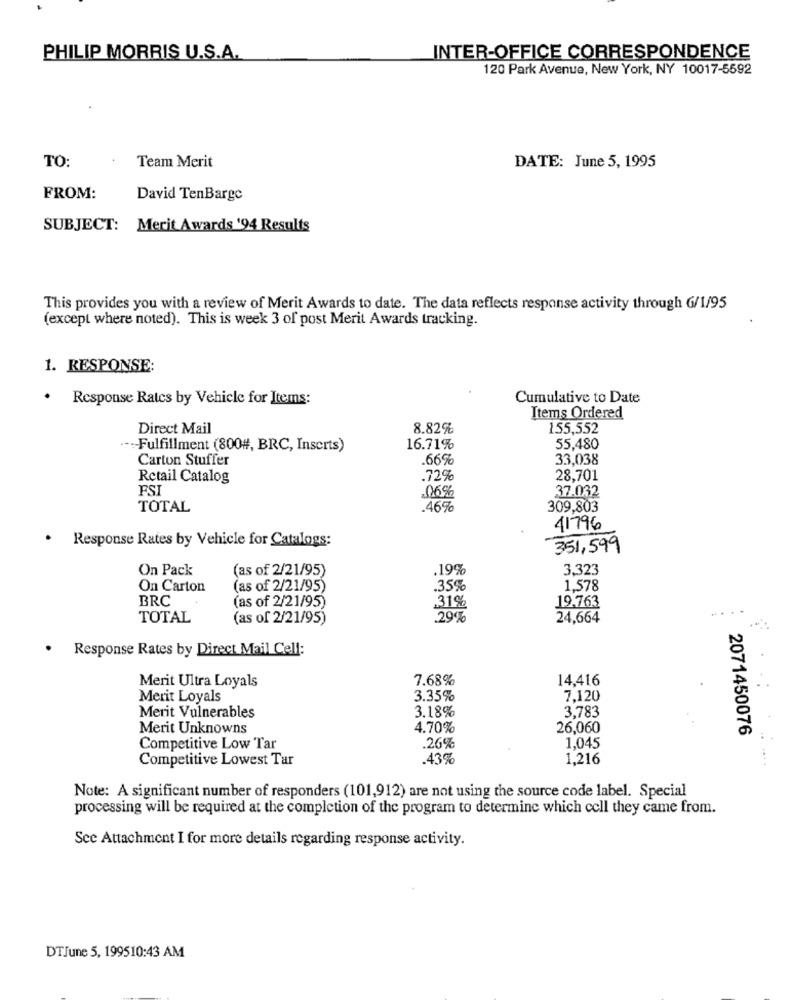
PHILIP MORRIS U.S.A.
INTER-OFFICE CORRESPONDENCE
120 Park Avenue, New York, NY 10017-5592
TO:
Team Merit
DATE: June 5, 1995
FROM:
David TenBarge
SUBJECT: Merit Awards '94 Results
This provides you with a review of Merit Awards to date. The data reflects response activity through 6/1/95
(except where noted). This is week 3 of post Merit Awards tracking.
1. RESPONSE:
.
Response Rates by Vehicle for Items:
Cumulative to Date
Items Ordered
Direct Mail
8.82%
155,552
.--- Fulfillment (800#, BRC, Inserts)
16.71%
55,480
Carton Stuffer
.66%
33,038
Retail Catalog
.72%
28,701
FSI
06%
37.032
TOTAL
.46%
309,803
41796
. Response Rates by Vehicle for Catalogs:
351,599
On Pack
(as of 2/21/95)
.19%
3,323
On Carton
(as of 2/21/95)
.35%
1,578
BRC
(as of 2/21/95)
19.763
.31%
TOTAL
(as of 2/21/95)
.29%
24,664
· Response Rates by Direct Mail Cell:
7.68%
14,416
Merit Ultra Loyals
Merit Loyals
3.35%
7,120
3.18%
3,783
Merit Vulnerables
Merit Unknowns
4.70%
26,060
2071450076
.26%
Competitive Low Tar
1,045
Competitive Lowest Tar
.43%
1,216
Note: A significant number of responders (101,912) are not using the source code label. Special
processing will be required at the completion of the program to determine which cell they came from.
Sce Attachment I for more details regarding response activity.
DTJune 5, 199510:43 AM